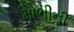
મોભીની